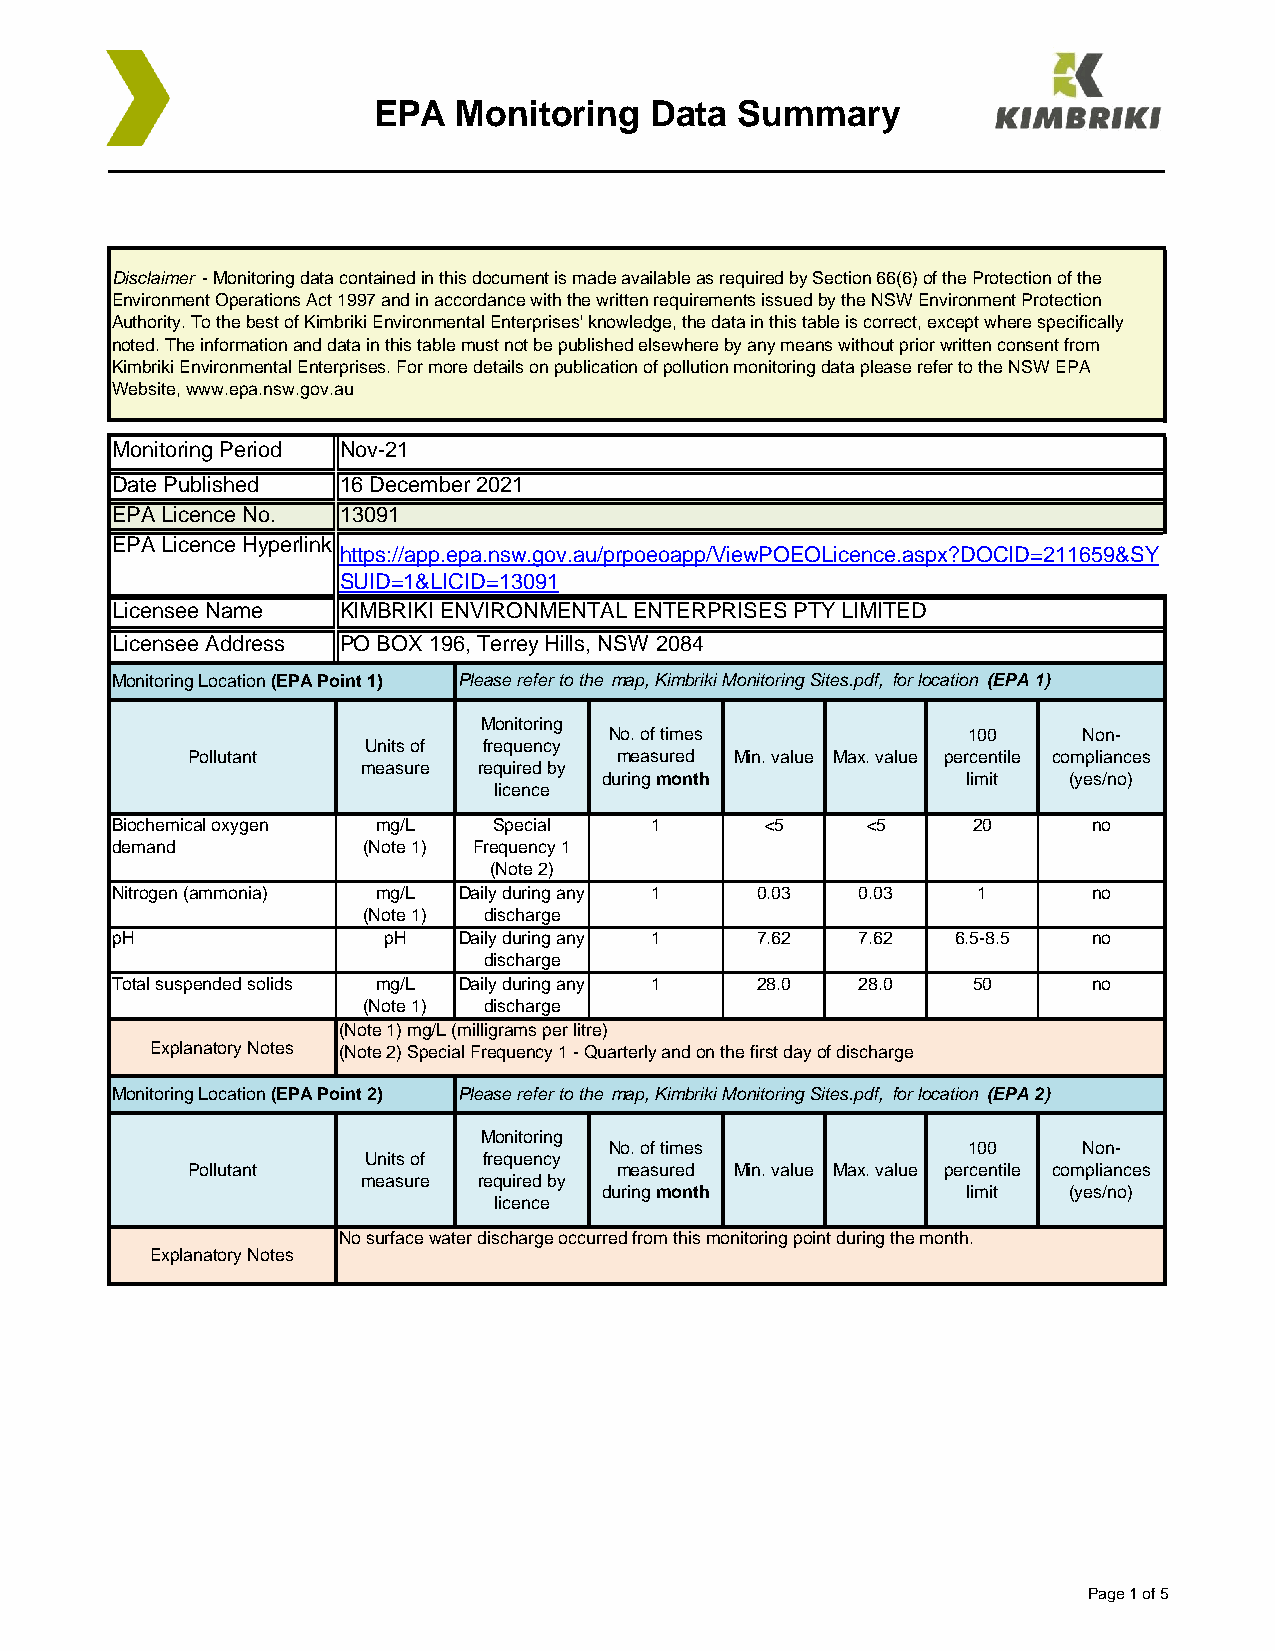
EPA  Monitoring   Data  Summary
 Disclaimer - Monitoring data contained in this document is made available as required by Section 66(6) of the Protection of the
 Environment Operations Act 1997 and in accordance with the written requirements issued by the NSW Environment Protection
 Authority. To the best of Kimbriki Environmental Enterprises' knowledge, the data in this table is correct, except where specifically
 noted. The information and data in this table must not be published elsewhere by any means without prior written consent from
 Kimbriki Environmental Enterprises. For more details on publication of pollution monitoring data please refer to the NSW EPA
 Website, www.epa.nsw.gov.au
 Monitoring Period Nov-21
 Date Published 16 December 2021
 EPA Licence No. 13091
 EPA Licence Hyperlink
 https://app.epa.nsw.gov.au/prpoeoapp/ViewPOEOLicence.aspx?DOCID=211659&SY
 SUID=1&LICID=13091
 Licensee Name  KIMBRIKI ENVIRONMENTAL ENTERPRISES PTY LIMITED
 Licensee Address PO BOX 196, Terrey Hills, NSW 2084
 Monitoring Location (EPA Point 1) Please refer to the map, Kimbriki Monitoring Sites.pdf, for location (EPA 1)
 Monitoring
 No. of times            100     Non-
 Units of frequency
 Pollutant                    measured Min. value Max. value percentile compliances
 measure required by
 during month            limit  (yes/no)
 licence
 Biochemical oxygen mg/L   Special   1       <5    <5     20      no
 demand           (Note 1) Frequency 1
 (Note 2)
 Nitrogen (ammonia) mg/L Daily during any 1 0.03   0.03    1      no
 (Note 1) discharge
 pH                pH   Daily during any 1  7.62   7.62  6.5-8.5  no
 discharge
 Total suspended solids mg/L Daily during any 1 28.0 28.0 50      no
 (Note 1) discharge
 (Note 1) mg/L (milligrams per litre)
 Explanatory Notes (Note 2) Special Frequency 1 - Quarterly and on the first day of discharge
 Monitoring Location (EPA Point 2) Please refer to the map, Kimbriki Monitoring Sites.pdf, for location (EPA 2)
 Monitoring
 No. of times            100     Non-
 Units of frequency
 Pollutant                    measured Min. value Max. value percentile compliances
 measure required by
 during month            limit  (yes/no)
 licence
 No surface water discharge occurred from this monitoring point during the month.
 Explanatory Notes
 Page 1 of 5